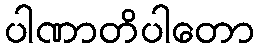
ပါဏာတိပါတော